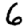
Digit: 6